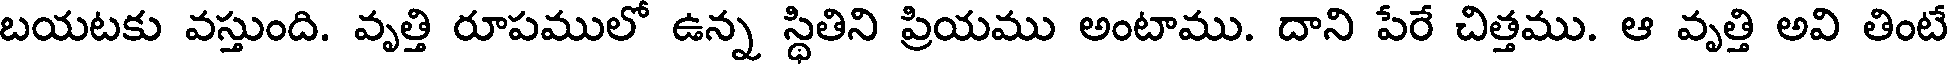
బయటకు వస్తుంది. వృత్తి రూపములో ఉన్న స్థితిని ప్రియము అంటాము. దాని పేరే చిత్తము. ఆ వృత్తి అవి తింటే